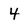
Character: 4